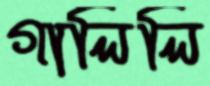
গালিলি